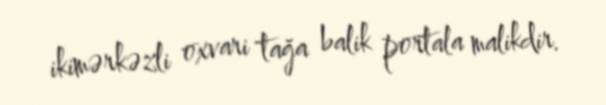
ikimərkəzli oxvari tağa balik portala malikdir.